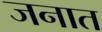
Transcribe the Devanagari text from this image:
जनात